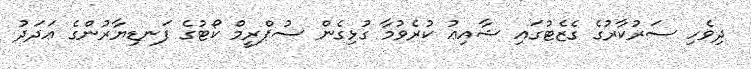
ދިވެހި ސަރުކާރުގެ ގެޒެޓުގައި ޝާއިޢު ކުރެވުމާ ގުޅިގެން ސުޕްރީމް ކޯޓުގެ ފަނޑިޔާރުންގެ ޢަދަދު